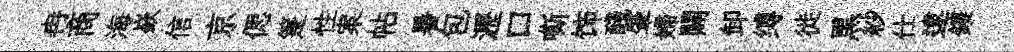
冉商海嶔信京偲箑性案帖暑包瀝口嘶饰醆肇婦闢卸缚徙黒紗仕逮鏤